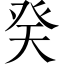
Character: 癸